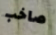
صاخب